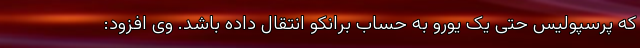
که پرسپولیس حتی یک یورو به حساب برانکو انتقال داده باشد. وی افزود: